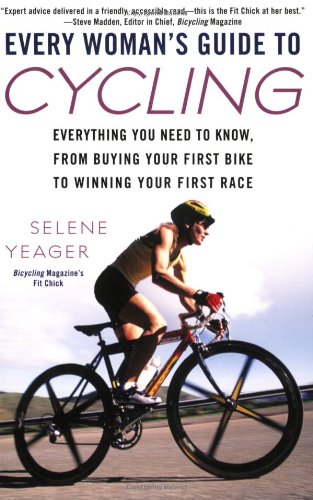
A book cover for Every Woman's Guide to Cycling: Everything You Need to Know, From Buying Your First Bike toWinning Your First Ra ce; Selene Yeager; Sports & Outdoors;